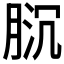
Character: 𱼌